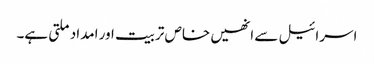
اسرائیل سے انھیں خاص تربیت اور امداد ملتی ہے۔